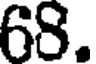
68.